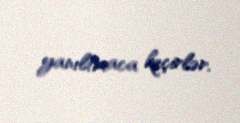
yanıltmaca keçirlər.